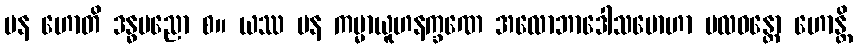
ပန ဟောတိ ဒန္ဓပညော စ။ ယဿ ပန ကမ္မာယူဟနက္ခဏေ အလောဘာဒေါသမောဟာ ဗလဝန္တော ဟောန္တိ